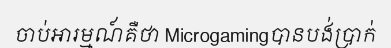
ចាប់អារម្មណ៍គឺថា Microgamingបានបង់ប្រាក់